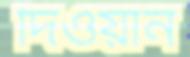
দিওয়ান